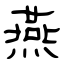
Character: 燕